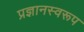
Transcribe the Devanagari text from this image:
प्रज्ञानस्वरूप